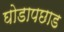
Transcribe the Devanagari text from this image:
घोडापछाड